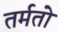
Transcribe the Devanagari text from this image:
तर्मतो